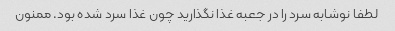
لطفا نوشابه سرد را در جعبه غذا نگذارید چون غذا سرد شده بود. ممنون